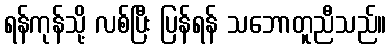
ရန်ကုန်သို့ လစ်ပြီး ပြန်ရန် သဘောတူညီသည်။